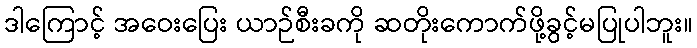
ဒါကြောင့် အဝေးပြေး ယာဉ်စီးခကို ဆတိုးကောက်ဖို့ခွင့်မပြုပါဘူး။